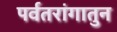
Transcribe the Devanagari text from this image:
पर्वतरांगातुन